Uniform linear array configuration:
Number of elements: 24
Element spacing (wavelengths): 1
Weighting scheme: blackman
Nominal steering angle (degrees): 45
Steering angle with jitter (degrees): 43.958
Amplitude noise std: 0.05
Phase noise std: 0.05

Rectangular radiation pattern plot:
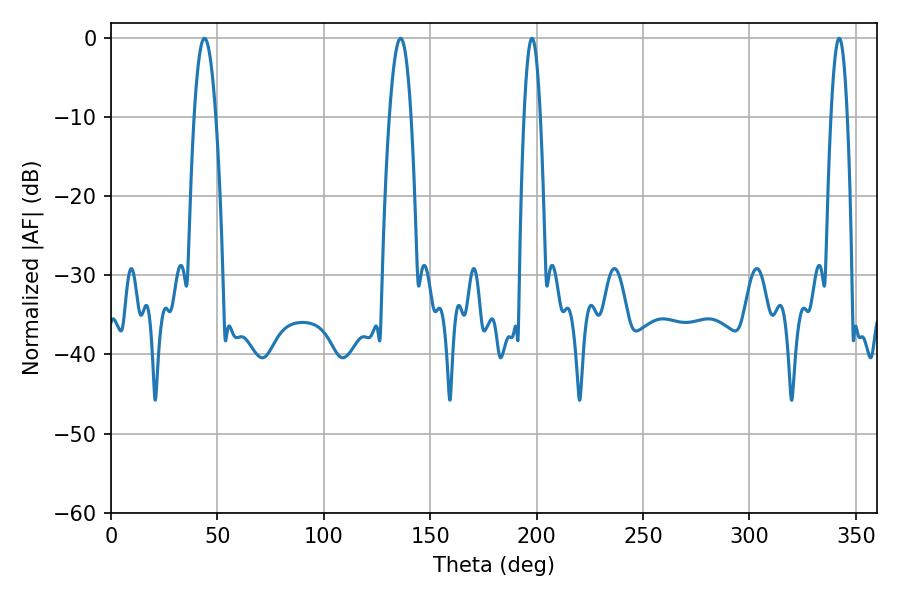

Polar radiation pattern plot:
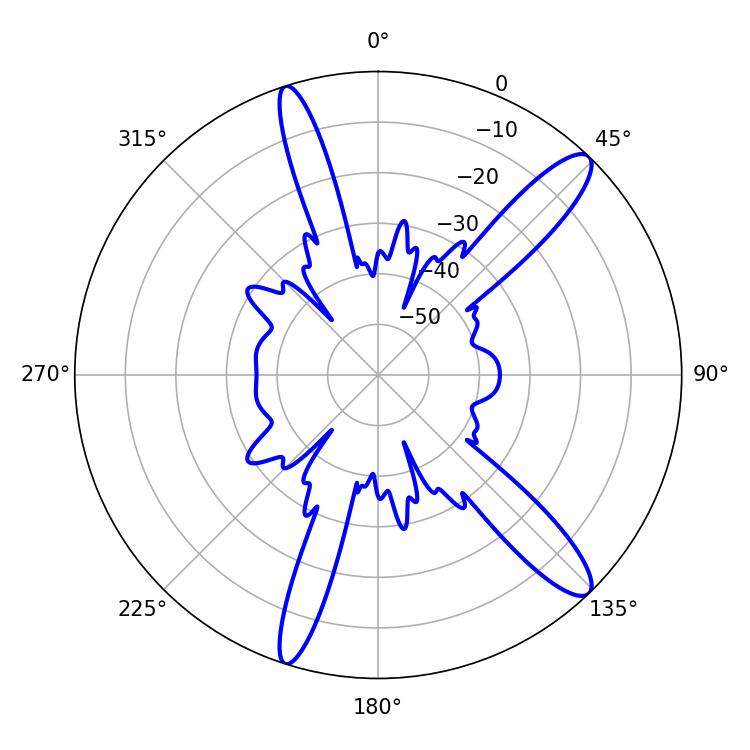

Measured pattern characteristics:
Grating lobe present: TRUE
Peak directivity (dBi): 13.119
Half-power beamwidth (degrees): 4.14
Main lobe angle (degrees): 197.82